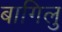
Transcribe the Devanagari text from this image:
बागिलु